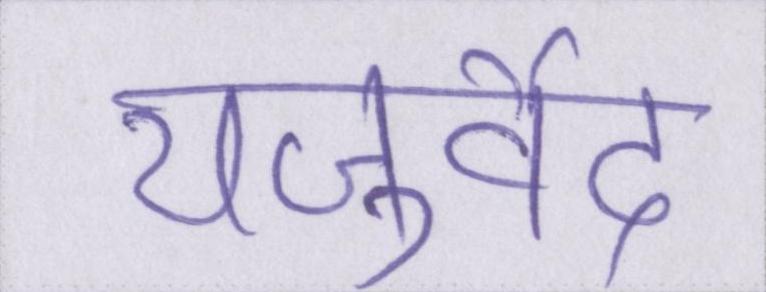
यजुर्वेद